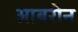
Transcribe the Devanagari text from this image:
आबरीन